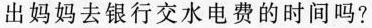
出妈妈去银行交水电费的时间吗?